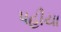
પહીયા